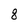
Character: 8